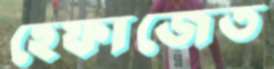
হেফাজেত